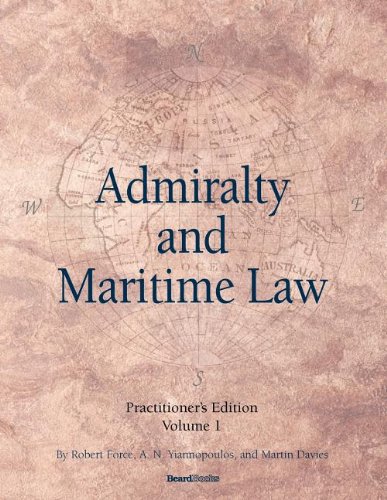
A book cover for Admiralty and Maritime Law Volume 1; Robert Force; Law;